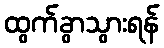
ထွက်ခွာသွားရန်